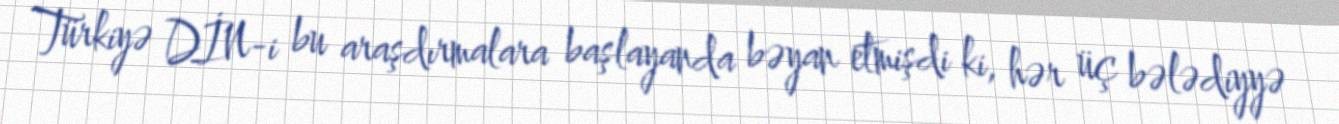
Türkiyə DİN-i bu araşdırmalara başlayanda bəyan etmişdi ki, hər üç bələdiyyə